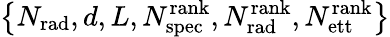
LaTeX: \left\{ N_{\mathrm{rad}},d,L,N_{\mathrm{spec}}^{\mathrm{rank}},N_{\mathrm{rad}}^{\mathrm{rank}},N_{\mathrm{ett}}^{\mathrm{rank}}\right\}